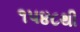
૧૫૪૮થી